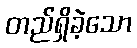
တည်ရှိခဲ့သော